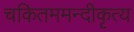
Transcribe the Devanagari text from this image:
चकितममन्दीकृत्य